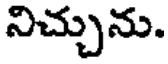
నిచ్చును.